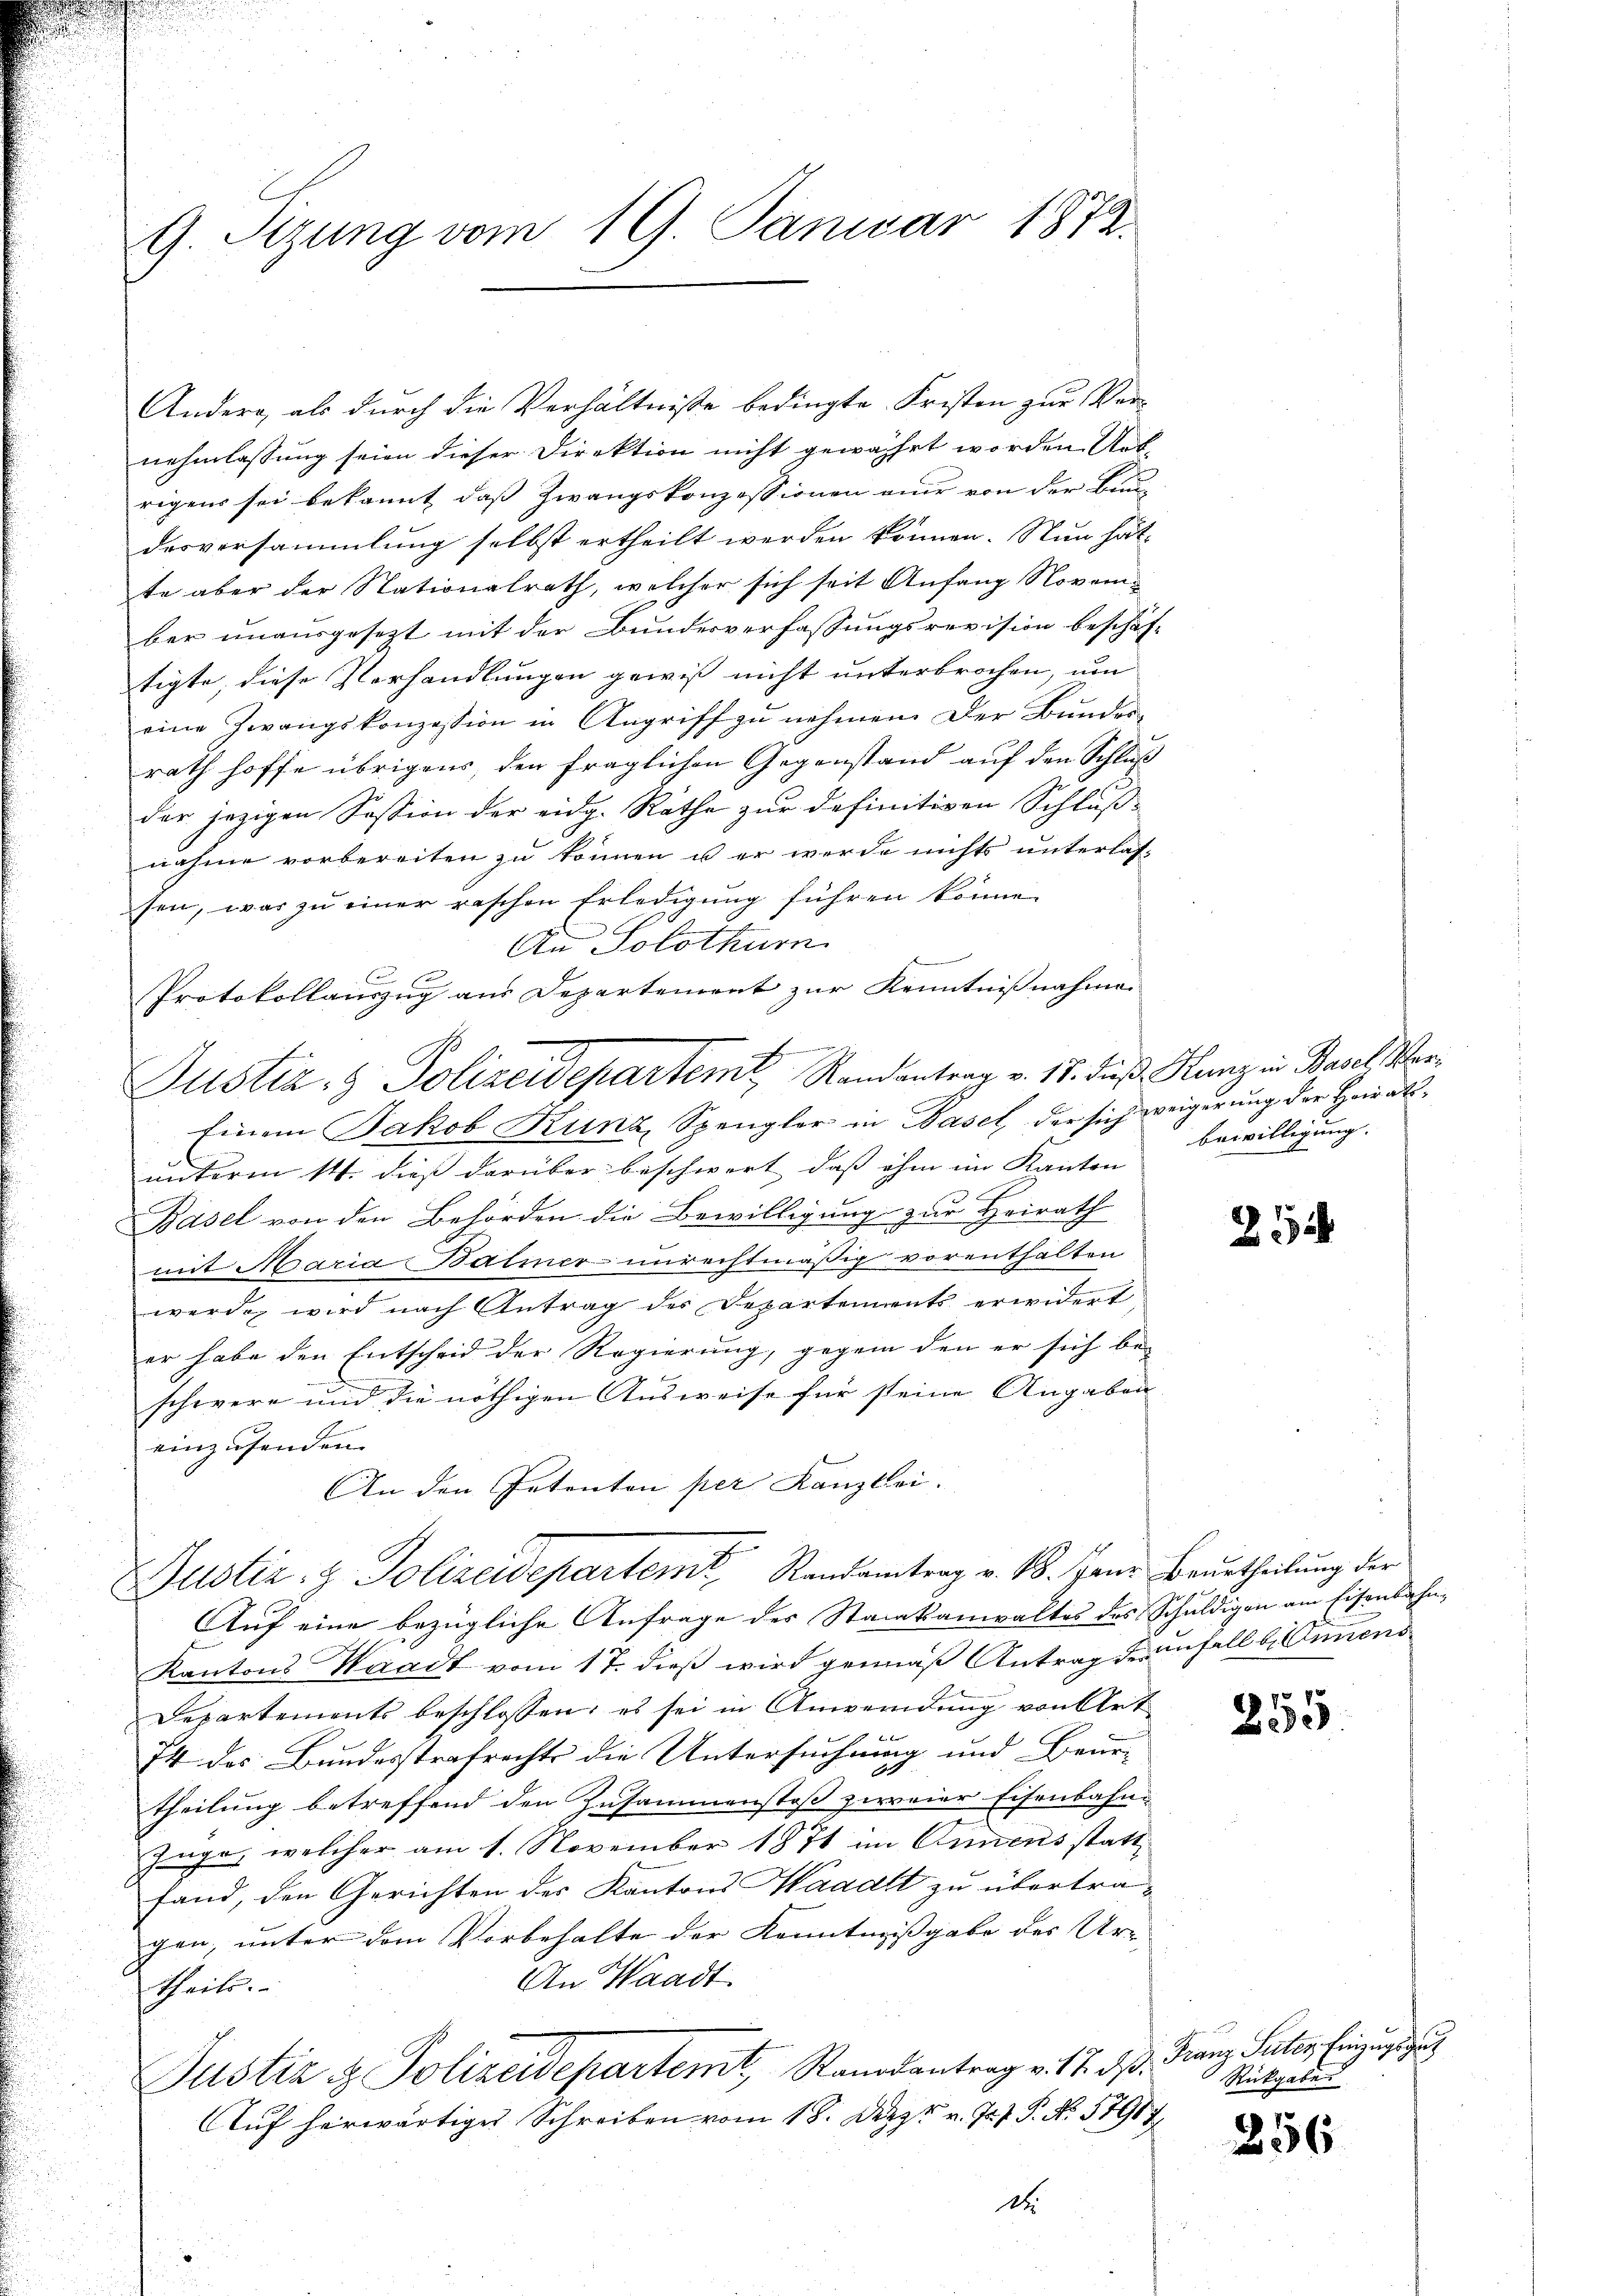
G. Sitzung vom 19. Januar 1872.

Andere, als durch die Verhältnisse bedingte Fristen zur Vernehmlassung seien dieser Direktion nicht gewährt worden. Aus-
rigens sei bekannt, daß Zwangskonzessionen nur von der Bau-
desversammlung selbst ertheilt werden können. Nun hät-
te aber der Nationalrath, welcher sich seit Anfang November unausgesezt mit der Bundesverfassungsrevision beschäftigte, diese Verhandlungen gewiß nicht unterbrochen, um
eine Zwangskonzession in Angriff zu nehmen. Der Bundes-
rath hoffe übrigens, den fraglichen Gegenstand auf den Schluß
der jezigen Session der eidg. Räthe zur definitiven Schlußnahme vorbereiten zu können u er werde nichts unterlas-
sen, was zu einer raschen Erledigung führen könne.
An Solothurn

Protokollauszug aus Departement zur Kenntnisnahme
Einem Jakob Kunz, Spengler in Basel, der sich weigerung der Heiratsunterm 14. dieß darüber beschwert, dass ihm im Kanton
Basel von den Behörden die Bewilligung zur Heirath
mit Maria-Balmer- unrechtmäßig vorenthalten
werde, wird nach Antrag des Departements erwidert
er habe den Entscheid der Regierung, gegen den er sich be-
schwere und die nöthigen Ausweise für steine Angaben
einzusenden. |
An den Petenten per Kanzlei.
Justiz- & Polizeidepartemt, Randantrag v. M. Janr Beurtheilung der
Auf eine bezügliche Anfrage des Staatsanwaltes des Schuldigen am Eisenbahn¬
Kantons Waadt vom 17. dieß wird gemäß Antrag der unfall u. Annens
Departements beschlossen, es sei in Anwendung von Art
x
74 des Bundesstrafrechts die Untersuchung und Beur-
Theilung betreffend den Zusammenstoß zweier Eisenbahn-
Züge, welcher am 1. November 1871 im Armens stattfand, den Gerichten des Kantons Waadt zu übertragen, unter dem Vorbehalte der Kenntnißgabe des Ur-
An Waadt
theils.
Justiz & Polizeidepartemt, Standsantrag v. 12. ds.
Auf herwärtiges Schreiben vom 18. Jetzt v. J. V. P. No. 57917
dt.

Justiz- & Polizeidepartem Randantrag v. 18. dieß Kunz in Basel, Ver¬

bewilligung.

21

255.

Franz Suter Einzugs gut
Rückgabe

256